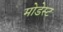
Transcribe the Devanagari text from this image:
मोडेस्ट